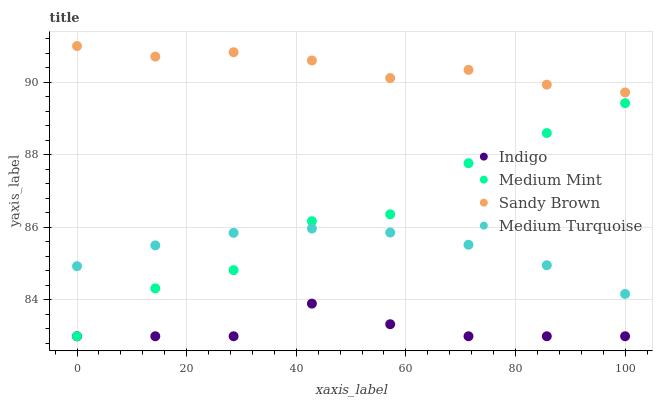
| xaxis_label | Indigo | Medium Mint | Sandy Brown | Medium Turquoise |
 | --- | --- | --- | --- | --- |
 | 0 | 83 | 83 | 91 | 84.9 |
 | 14.3 | 83 | 84.3 | 90.7 | 85.5 |
 | 28.6 | 83 | 84.8 | 90.8 | 85.9 |
 | 42.9 | 83.9 | 86.2 | 90.6 | 86 |
 | 57.1 | 83.3 | 86.4 | 90.1 | 85.9 |
 | 71.4 | 83 | 87.8 | 90.3 | 85.5 |
 | 85.7 | 83 | 88.6 | 89.9 | 85 |
 | 100 | 83 | 89.4 | 89.7 | 84.2 |